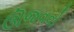
ઊજવવો